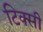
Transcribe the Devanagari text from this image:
टिक्सी